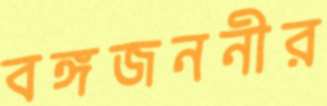
বঙ্গজননীর